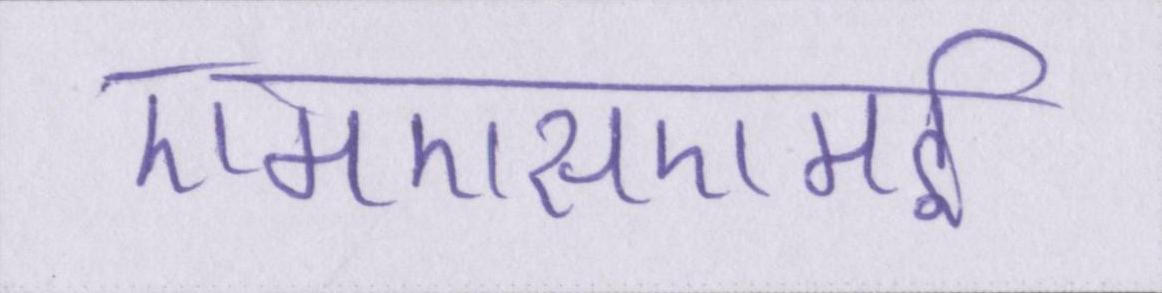
एमएसएमई